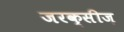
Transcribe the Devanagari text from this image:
जरक्सीज़